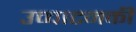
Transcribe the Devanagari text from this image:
उच्चाटनकी